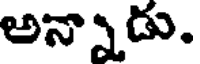
అన్నాడు.